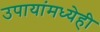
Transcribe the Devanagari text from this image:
उपायांमध्येही